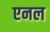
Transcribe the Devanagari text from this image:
एनल